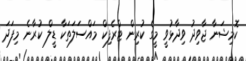
ކޮމިޝަނާ ޖާވިދު ވިދާޅުވީ މީގެ ކުރިން ޓްރެފިކް މައްސަލަތަކާ ޑީލް ކުރާނެ މިފަދަ